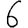
Digit: 6